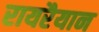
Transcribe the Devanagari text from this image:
रायरैयान